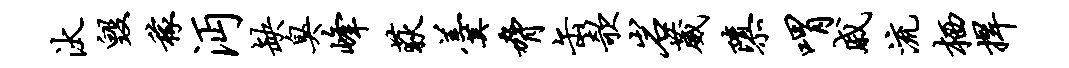
汰毁稼沔缺臭峰荻羹胁缶欹岩葳隳喟戚流栖捍